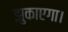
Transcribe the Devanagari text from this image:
झुकाएगा।